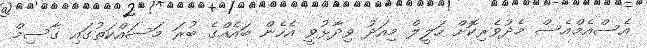
އެސްއެމްއެސް މެދުވެރިކޮށް ހަލީލް މިއަދު ވިދާޅުވީ އެހެން ބައެއްގެ ބުރަ މަސައްކަތުގައި ގާސިމް